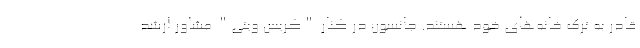
قادر به ترک خانه‌های خود هستند. جانسون در کنار "کریس ویتی" مشاور ارشد